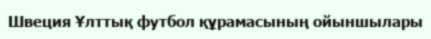
Швеция Ұлттық футбол құрамасының ойыншылары